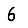
Digit: 6